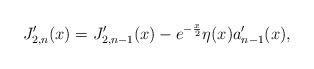
LaTeX: \begin{align*}J_{2,n}^{\prime}(x)=J_{2,n-1}^{\prime}(x)-e^{-\frac{x}{2}}\eta(x)a_{n-1}^{\prime}(x), \end{align*}